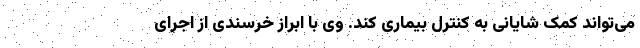
می‌تواند کمک شایانی به کنترل بیماری کند. وی با ابراز خرسندی از اجرای